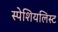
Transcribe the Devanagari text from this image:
स्पेशियलिस्ट